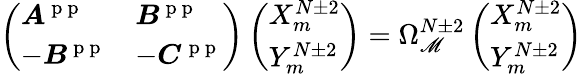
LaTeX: \left(\begin{array}{ll}{\boldsymbol{A}^{\mathrm{~p~p~}}}&{\boldsymbol{B}^{\mathrm{~p~p~}}}\\ {-\boldsymbol{B}^{\mathrm{~p~p~}}}&{-\boldsymbol{C}^{\mathrm{~p~p~}}}\end{array}\right)\left(\begin{array}{l}{X_{m}^{N\pm 2}}\\ {Y_{m}^{N\pm 2}}\end{array}\right)=\Omega_{\mathscr{M}}^{N\pm2}\left(\begin{array}{l}{X_{m}^{N\pm 2}}\\ {Y_{m}^{N\pm 2}}\end{array}\right)